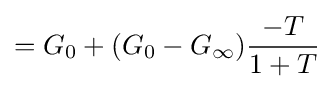
=G_{0}+(G_{0}-G_{\infty }){\frac {-T}{1+T}}